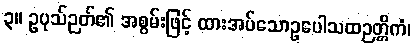
၃။ ဥပုသ်ဉတ်၏ အစွမ်းဖြင့် ထားအပ်သောဥပေါသထဉတ္တိကံ၊